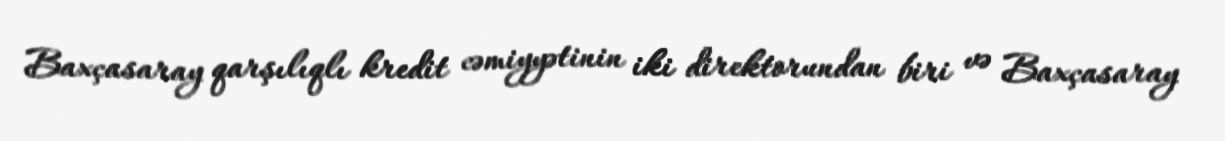
Baxçasaray qarşılıqlı kredit cəmiyyətinin iki direktorundan biri və Baxçasaray